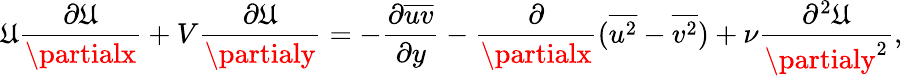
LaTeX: \mathfrak{U}\frac{{\partial\mathfrak{U}}}{{\partialx}}+V\frac{{\partial\mathfrak{U}}}{{\partialy}}=-\frac{{\partial{\overline{{{uv}}}}}}{{\partial{y}}}-\frac{{\partial}}{{\partialx}}(\overline{{{u^{2}}}}-\overline{{{v^{2}}}})+\nu\frac{{\partial^{2}\mathfrak{U}}}{{\partialy^{2}}},